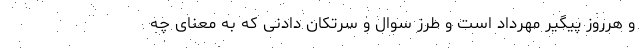
و هرروز پیگیر مهرداد است و طرز سوال و سرتکان دادنی که به معنای چه